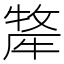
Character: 𭷯